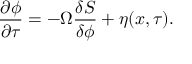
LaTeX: \frac { \partial \phi } { \partial \tau } = - \Omega \frac { \delta S } { \delta \phi } + \eta ( x , \tau ) .